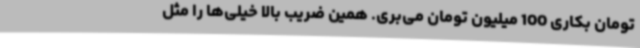
تومان بکاری 100 میلیون تومان می‌بری. همین ضریب بالا خیلی‌ها را مثل